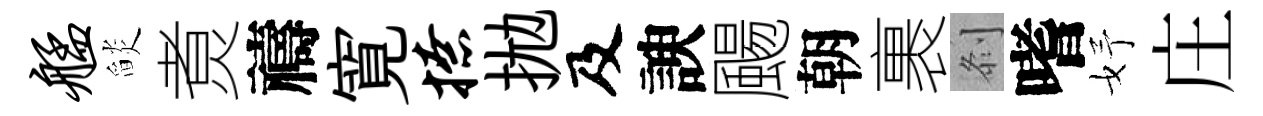
艋𦦨煑禱寛撩拋及諛颺朝裹𠛴嗜妤庄